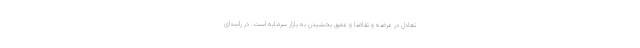
تعادل در عرضه و تقاضا و عمق بخشیدن به بازار سرمایه است. در راستای